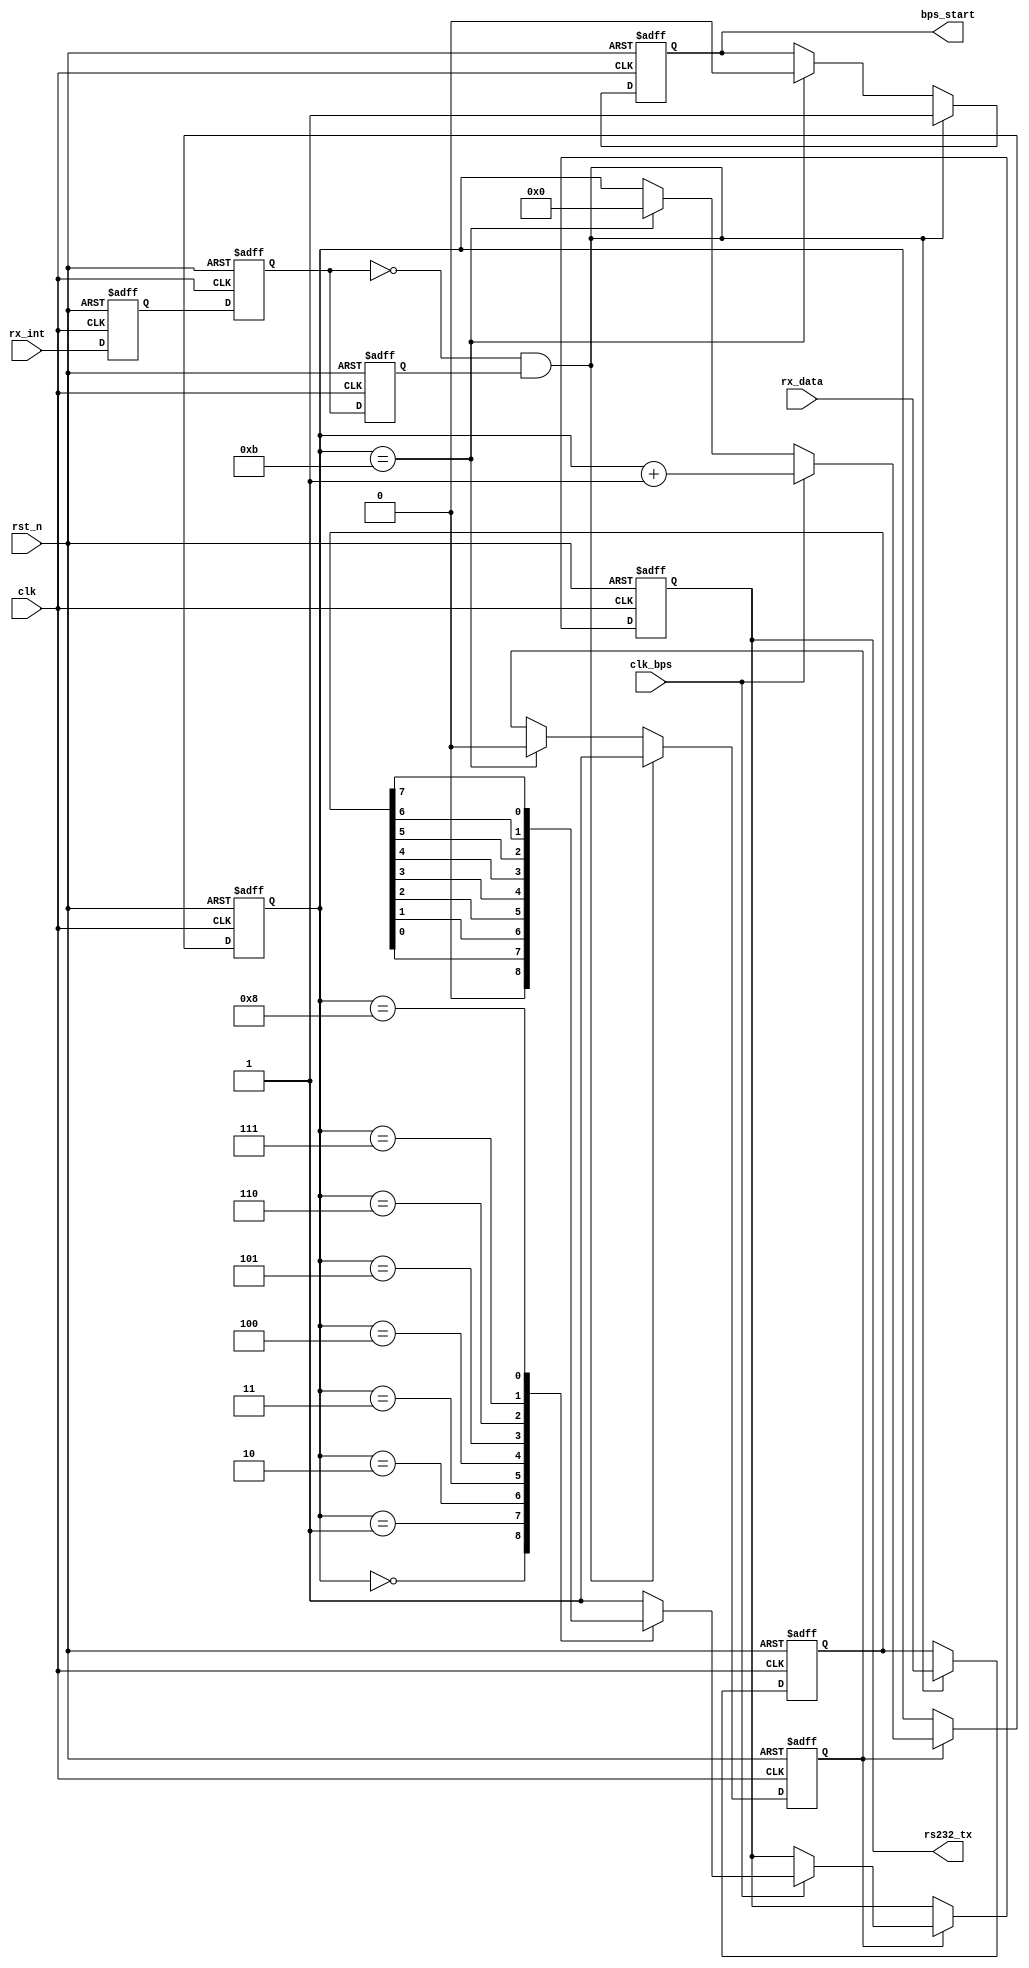
module my_uart_tx(
				clk,
                rst_n,
				rx_data,
                rx_int,
                rs232_tx,
				clk_bps,
                bps_start
			);

input clk;			// 50MHz
input rst_n;		
input clk_bps;		// clk_bps_r
input[7:0] rx_data;	
input rx_int;		
output rs232_tx;	
output bps_start;	

//---------------------------------------------------------
reg rx_int0,rx_int1,rx_int2;	
wire neg_rx_int;	

assign rs232_tx = rs232_tx_r;

always @ (posedge clk or negedge rst_n) begin
	if(!rst_n) begin
			rx_int0 <= 1'b0;
			rx_int1 <= 1'b0;
			rx_int2 <= 1'b0;
		end
	else begin
			rx_int0 <= rx_int;
			rx_int1 <= rx_int0;
			rx_int2 <= rx_int1;
		end
end

assign neg_rx_int =  ~rx_int1 & rx_int2;	

//---------------------------------------------------------
reg[7:0] tx_data;	
//---------------------------------------------------------
reg bps_start_r;
reg tx_en;	
reg[3:0] num;

always @ (posedge clk or negedge rst_n) begin
	if(!rst_n) begin
			bps_start_r <= 1'bz;
			tx_en <= 1'b0;
			tx_data <= 8'd0;
		end
	else if(neg_rx_int) begin	
			bps_start_r <= 1'b1;
			tx_data <= rx_data;	
			tx_en <= 1'b1;		
		end
	else if(num==4'd11) begin	
			bps_start_r <= 1'b0;
			tx_en <= 1'b0;
		end
end

assign bps_start = bps_start_r;

//---------------------------------------------------------
reg rs232_tx_r;

always @ (posedge clk or negedge rst_n) begin
	if(!rst_n) begin
			num <= 4'd0;
			rs232_tx_r <= 1'b1;
		end
	else if(tx_en) begin
			if(clk_bps)	begin
					num <= num+1'b1;
					case (num)
						4'd0: rs232_tx_r <= 1'b0; 	//start
						4'd1: rs232_tx_r <= tx_data[0];	//bit0
						4'd2: rs232_tx_r <= tx_data[1];	//bit1
						4'd3: rs232_tx_r <= tx_data[2];	//bit2
						4'd4: rs232_tx_r <= tx_data[3];	//bit3
						4'd5: rs232_tx_r <= tx_data[4];	//bit4
						4'd6: rs232_tx_r <= tx_data[5];	//bit5
						4'd7: rs232_tx_r <= tx_data[6];	//bit6
						4'd8: rs232_tx_r <= tx_data[7];	//bit7
						4'd9: rs232_tx_r <= 1'b1;	//stop
					 	default: rs232_tx_r <= 1'b1;
						endcase
				end
			else if(num==4'd11) num <= 4'd0;
		end
end

endmodule